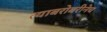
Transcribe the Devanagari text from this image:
त्याबरोबरीनेच